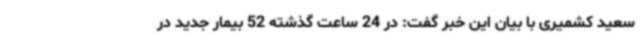
سعید کشمیری با بیان این خبر گفت: در 24 ساعت گذشته 52 بیمار جدید در